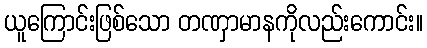
ယူကြောင်းဖြစ်သော တဏှာမာနကိုလည်းကောင်း။